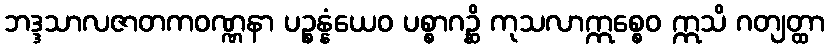
ဘဒ္ဒသာလဇာတကဝဏ္ဏနာ ပဉ္စန္နံယေဝ ပစ္စာဂဉ္ဆိ ကုသလာဣစ္စေဝ ဣသိ ဂတျတ္ထာ